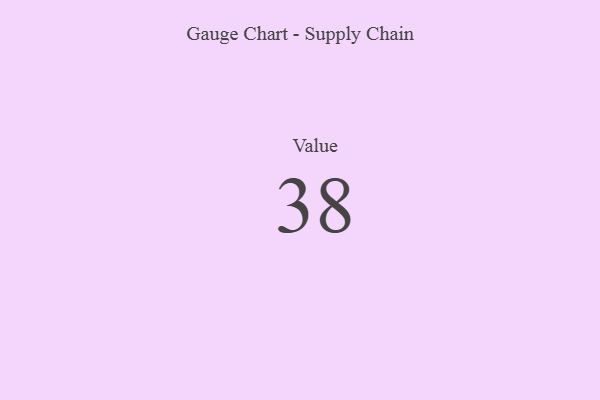
{"axis": {"x": "Metric", "y": "Value"}, "legend": [""], "data": [{"x": "Value", "y": 38, "type": ""}]}